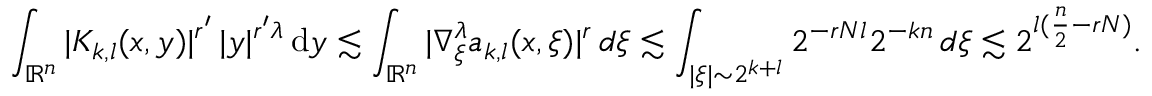
\int _ { \mathbb { R } ^ { n } } | K _ { k , l } ( x , y ) | ^ { r ^ { \prime } } \, | y | ^ { r ^ { \prime } \lambda } \, \mathrm { d } y \lesssim \int _ { \mathbb { R } ^ { n } } | \nabla _ { \xi } ^ { \lambda } a _ { k , l } ( x , \xi ) | ^ { r } \, d \xi \lesssim \int _ { | \xi | \sim 2 ^ { k + l } } 2 ^ { - r N l } 2 ^ { - k n } \, d \xi \lesssim 2 ^ { l ( \frac { n } { 2 } - r N ) } .